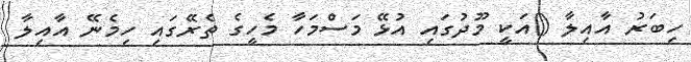
ހިބަރު އާއިލާ ()އަކީ މޫދުގައި އުޅޭ މަސްމަހާ މެހީގެ ތެރޭގައި ހިމެނޭ އާއިލާ